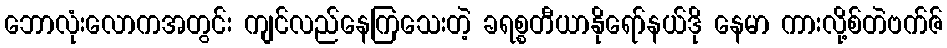
ဘောလုံးလောကအတွင်း ကျင်လည်နေကြသေးတဲ့ ခရစ္စတီယာနိုရော်နယ်ဒို နေမာ ကားလို့စ်တဲဗက်ဇ်